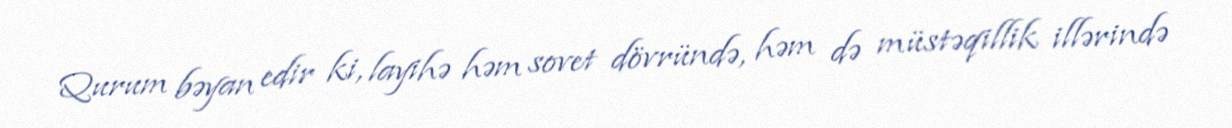
Qurum bəyan edir ki, layihə həm sovet dövründə, həm də müstəqillik illərində